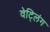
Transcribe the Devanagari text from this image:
वेट्लिंग